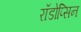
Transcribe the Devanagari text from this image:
रॉडोप्सिन